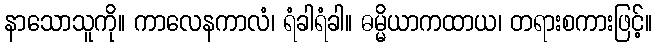
နာသောသူကို။ ကာလေနကာလံ၊ ရံခါရံခါ။ ဓမ္မိယာကထာယ၊ တရားစကားဖြင့်။